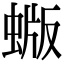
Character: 蝂